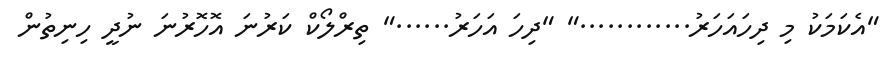
"އެކަމަކު މި ދިހައަހަރު............" "ދިހަ އަހަރު......" ތިރްލޯކް ކަރުނަ އޮހޮރުނަ ނުދީ ހިނިތުން